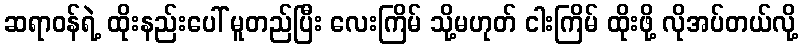
ဆရာဝန်ရဲ့ ထိုးနည်းပေါ် မူတည်ပြီး လေးကြိမ် သို့မဟုတ် ငါးကြိမ် ထိုးဖို့ လိုအပ်တယ်လို့